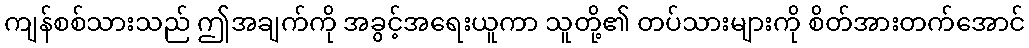
ကျန်စစ်သားသည် ဤအချက်ကို အခွင့်အရေးယူကာ သူတို့၏ တပ်သားများကို စိတ်အားတက်အောင်